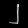
Digit: ၂